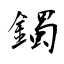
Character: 鐲